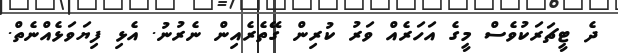
ދެ ޓީޗަރަކުވެސް މީގެ އަހަރެއް ވަރު ކުރިން ގޭތެރެއިން ނެރުނު. އެޅި ފިޔަވަޅެއްނެތް.